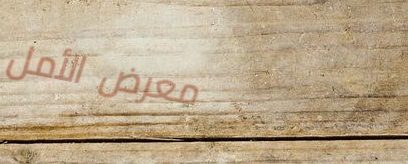
معرض الأمل